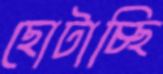
ছোটাচ্ছি